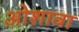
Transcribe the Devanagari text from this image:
ओशावा